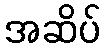
အဆိပ်